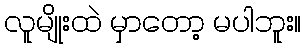
လူမျိုးထဲ မှာတော့ မပါဘူး။